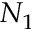
N _ { 1 }